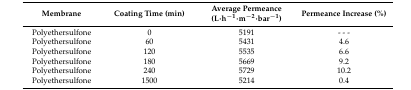
| Membrane | Coating Time (min) | Average Permeance (L·h−1·m−2·bar−1) | Permeance Increase (%) |
 | --- | --- | --- | --- |
 | Polyethersulfone | 0 | 5191 | --- |
 | Polyethersulfone | 60 | 5431 | 4.6 |
 | Polyethersulfone | 120 | 5535 | 6.6 |
 | Polyethersulfone | 180 | 5669 | 9.2 |
 | Polyethersulfone | 240 | 5729 | 10.2 |
 | Polyethersulfone | 1500 | 5214 | 0.4 |